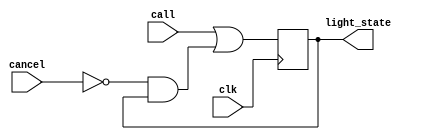
`timescale 1ns / 1ps

module call_system_dataflow(
    input clk,
    input call,
    input cancel,
    output reg light_state
    );
    
    wire next_state; //holds next state
    initial light_state = 0;
    
    assign next_state = call | (~cancel&light_state);
    
    always @(posedge clk) begin
            light_state <= next_state;
    end 
endmodule